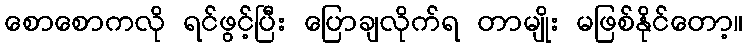
စောစောကလို ရင်ဖွင့်ပြီး ပြောချလိုက်ရ တာမျိုး မဖြစ်နိုင်တော့။